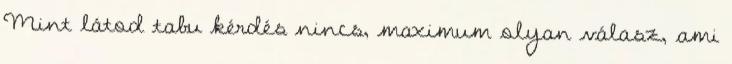
Mint látod tabu kérdés nincs, maximum olyan válasz, ami